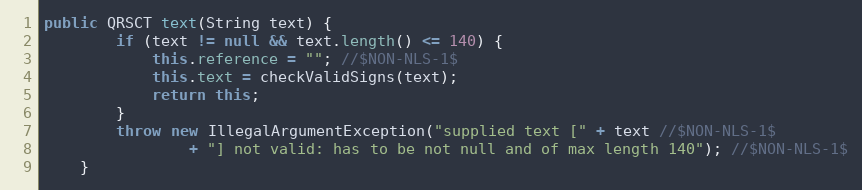
Language: Java
public QRSCT text(String text) {
		if (text != null && text.length() <= 140) {
			this.reference = ""; //$NON-NLS-1$
			this.text = checkValidSigns(text);
			return this;
		}
		throw new IllegalArgumentException("supplied text [" + text //$NON-NLS-1$
				+ "] not valid: has to be not null and of max length 140"); //$NON-NLS-1$
	}